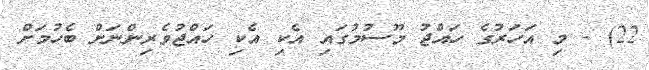
22) - މި އަހަރުގެ ހައްޖު މޫސުުމުގައި އެކި އެކި ހައްޖުވެރިންނަށް ބެހުމަށް